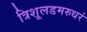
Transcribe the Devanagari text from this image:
त्रिशूलडमरुधरं